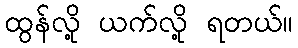
ထွန်လို့ ယက်လို့ ရတယ်။